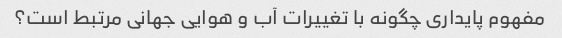
مفهوم پایداری چگونه با تغییرات آب و هوایی جهانی مرتبط است؟